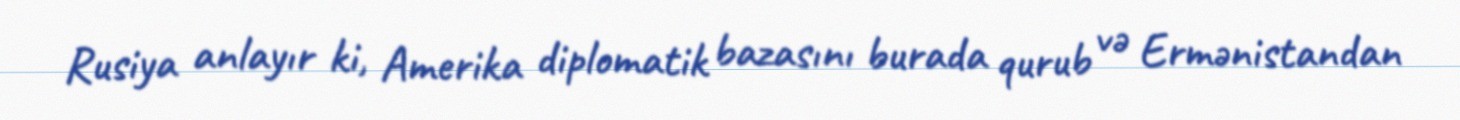
Rusiya anlayır ki, Amerika diplomatik bazasını burada qurub və Ermənistandan